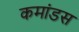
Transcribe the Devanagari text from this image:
कमांडस